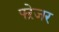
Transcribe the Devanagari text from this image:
फ्ऱेजर